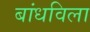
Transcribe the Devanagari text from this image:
बांधविला